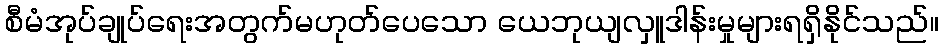
စီမံအုပ်ချုပ်ရေးအတွက်မဟုတ်ပေသော ယေဘုယျလှူဒါန်းမှုများရရှိနိုင်သည်။